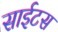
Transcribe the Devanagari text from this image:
साईटस